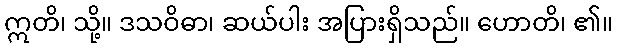
ဣတိ၊ သို့။ ဒသဝိဓာ၊ ဆယ်ပါး အပြားရှိသည်။ ဟောတိ၊ ၏။